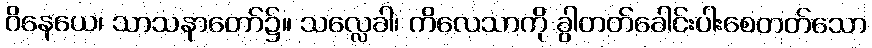
ဝိနေယေ၊ သာသနာတော်၌။ သလ္လေခါ၊ ကိလေသာကို ခွါတတ်ခေါင်းပါးစေတတ်သော